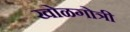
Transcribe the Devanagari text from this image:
खोळगोत्री